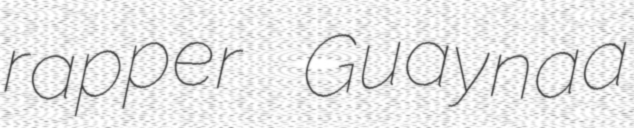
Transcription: rapper Guaynaa